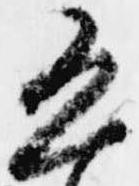
恐